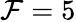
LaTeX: \mathcal{F}=5